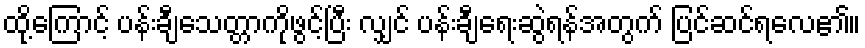
ထို့ကြောင့် ပန်းချီသေတ္တာကိုဖွင့်ပြီး လျှင် ပန်းချီရေးဆွဲရန်အတွက် ပြင်ဆင်ရလေ၏။